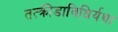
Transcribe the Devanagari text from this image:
तत्क्रीडाविधिर्यथा